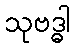
သုဗဒ္ဓါ